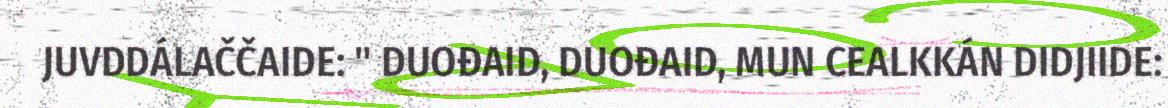
JUVDDÁLAČČAIDE: " DUOĐAID, DUOĐAID, MUN CEALKKÁN DIDJIIDE: